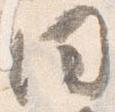
同